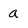
Character: a